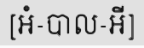
[អំ-បាល-អី]